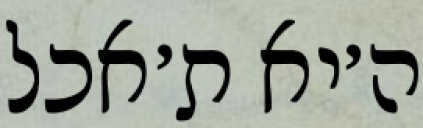
ה׳יא ת׳אכל